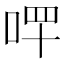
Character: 𠳣